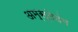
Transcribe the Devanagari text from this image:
अम्स्तेदंम